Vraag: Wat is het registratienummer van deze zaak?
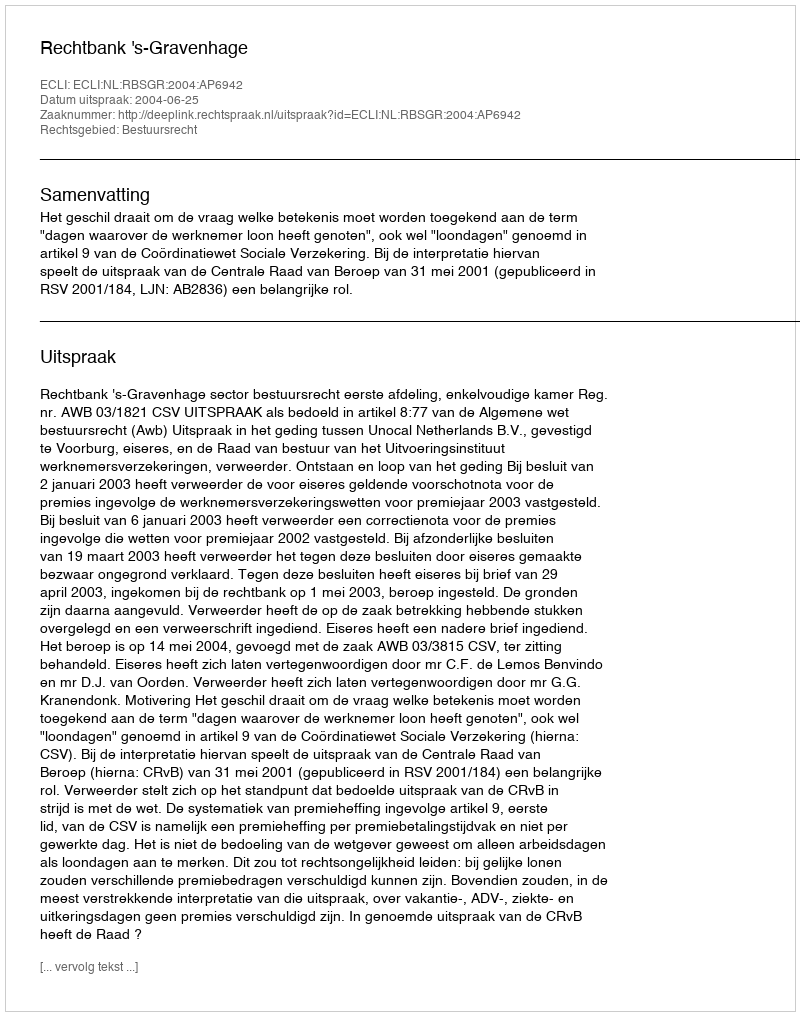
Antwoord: http://deeplink.rechtspraak.nl/uitspraak?id=ECLI:NL:RBSGR:2004:AP6942